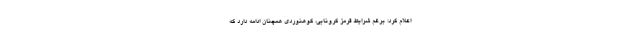
اعلام کرد: برغم شرایط قرمز کرونایی، کوهنوردی همچنان ادامه دارد که